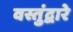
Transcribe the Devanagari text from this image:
वस्तुंद्वारे